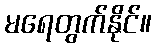
မရေတွက်နိုင်။